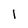
Character: l